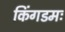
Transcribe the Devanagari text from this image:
किंगडमः